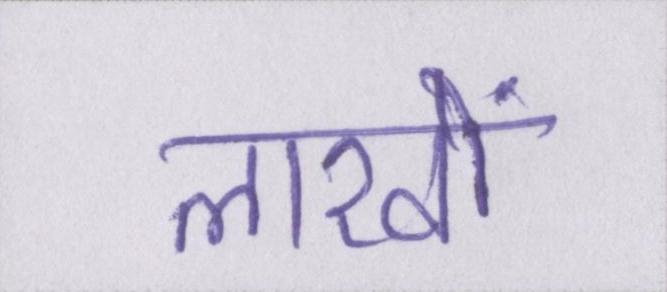
लाखों